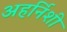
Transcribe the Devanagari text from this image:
अहर्निशी